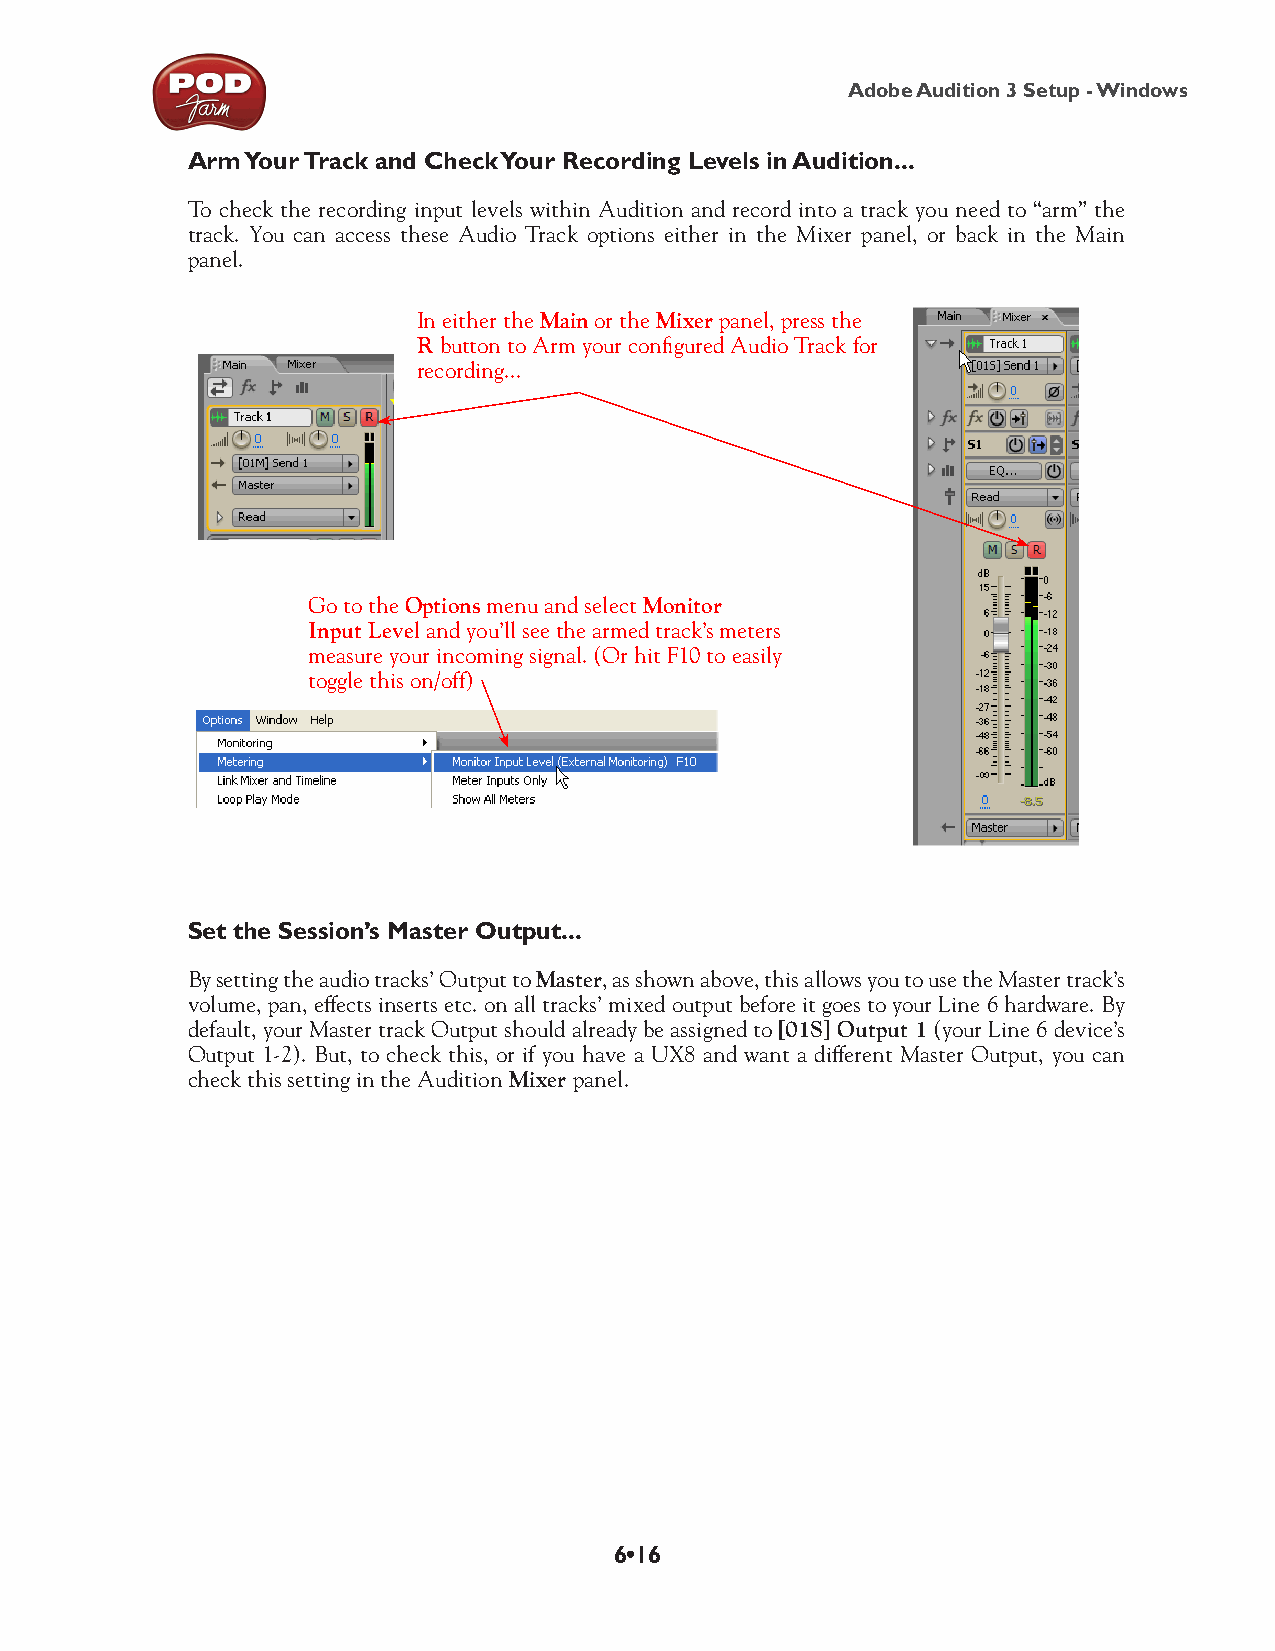
Adobe Audition 3 Setup - Windows
 Arm Your Track and Check Your Recording Levels in Audition...
 To check the recording input levels within Audition and record into a track you need to “arm” the
 track. You can access these Audio Track options either in the Mixer panel, or back in the Main
 panel.
 In either the Main or the Mixer panel, press the
 R button to Arm your configured Audio Track for
 recording...
 Go to the Options menu and select Monitor
 Input Level and you’ll see the armed track’s meters
 measure your incoming signal. (Or hit F10 to easily
 toggle this on/off)
 Set the Session’s Master Output...
 By setting the audio tracks’ Output to Master, as shown above, this allows you to use the Master track’s
 volume, pan, effects inserts etc. on all tracks’ mixed output before it goes to your Line 6 hardware. By
 default, your Master track Output should already be assigned to [01S] Output 1 (your Line 6 device’s
 Output 1-2). But, to check this, or if you have a UX8 and want a different Master Output, you can
 check this setting in the Audition Mixer panel.
 6•16